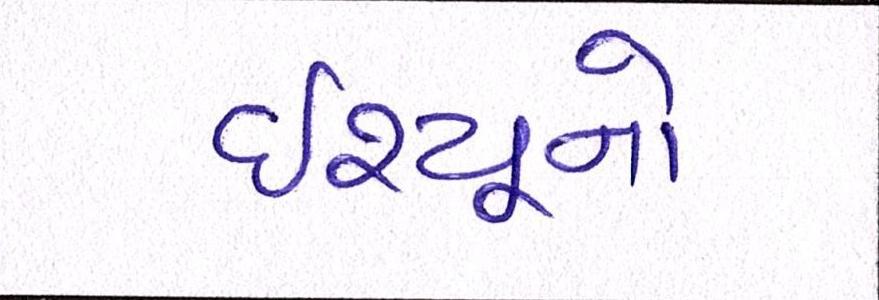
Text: ઇશ્યૂનો